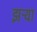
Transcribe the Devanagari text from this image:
झर्‍या